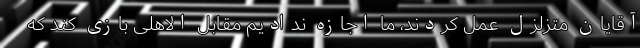
آقایان متزلزل عمل کردند، ما اجازه ندادیم مقابل الاهلی بازی کند که